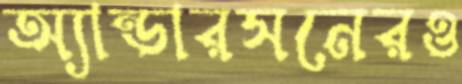
অ্যান্ডারসনেরও